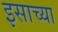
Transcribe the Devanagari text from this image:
इसाच्या